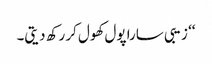
‘‘ زیبی سارا پول کھول کر رکھ دیتی۔